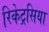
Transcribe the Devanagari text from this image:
रिकेट्रसिया